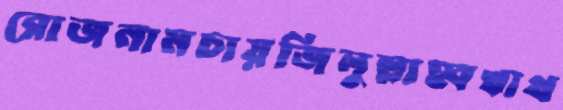
রোজনামচায়জিলুল্লাহ্বখাথ